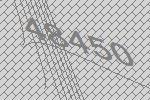
48450